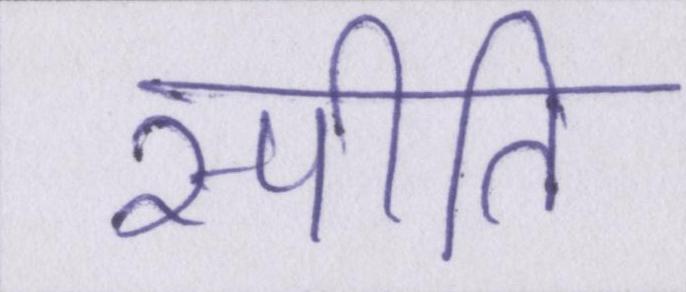
स्पीति